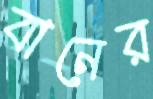
বানের